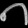
Digit: ၈